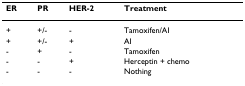
<table><thead><tr><td><b>ER</b></td><td><b>PR</b></td><td><b>HER-2</b></td><td><b>Treatment</b></td></tr></thead><tbody><tr><td>+</td><td>+/-</td><td>-</td><td>Tamoxifen/AI</td></tr><tr><td>+</td><td>+/-</td><td>+</td><td>AI</td></tr><tr><td>-</td><td>+</td><td>-</td><td>Tamoxifen</td></tr><tr><td>-</td><td>-</td><td>+</td><td>Herceptin + chemo</td></tr><tr><td>-</td><td>-</td><td>-</td><td>Nothing</td></tr></tbody></table>